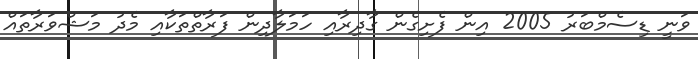
ވަނީ ޑިސެމްބަރު 2005 އިން ފެށިގެން ގާދިރާއި ހަމަލާދިން ފަރާތްތަކާއި މެދު މަޝްވަރާތައް